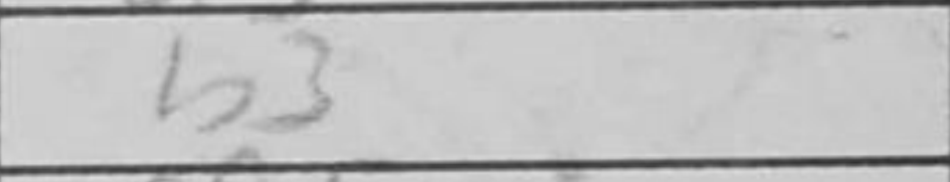
Transcription: b3